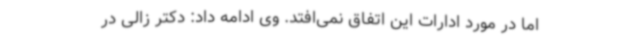
اما در مورد ادارات این اتفاق نمی‌افتد. وی ادامه داد: دکتر زالی در